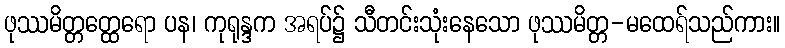
ဖုဿမိတ္တတ္ထေရော ပန၊ ကုရုန္ဒက အရပ်၌ သီတင်းသုံးနေသော ဖုဿမိတ္တ-မထေရ်သည်ကား။